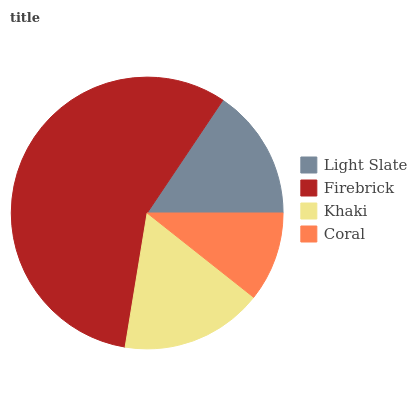
| Light Slate | Firebrick | Khaki | Coral |
 | --- | --- | --- | --- |
 | 15.6% | 56.8% | 16.9% | 10.7% |